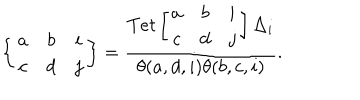
LaTeX: \left\{ \begin{array} { c c c } { { a } } & { { b } } & { { i } } \\ { { c } } & { { d } } & { { j } } \\ \end{array} \right\} = \frac { T e t \left[ \begin{array} { c c c } { { a } } & { { b } } & { { i } } \\ { { c } } & { { d } } & { { j } } \\ \end{array} \right] \Delta _ { i } } { \theta ( a , d , i ) \theta ( b , c , i ) } .